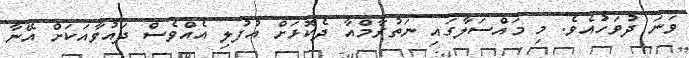
ވަނަ ދުވަހުއެވެ. މި މައްސަލާގައި ނަތުރާމްއާ ދެކޮޅަށް އުފުލި އެއްވެސް ދައުވާއަކަށް އޭނާ